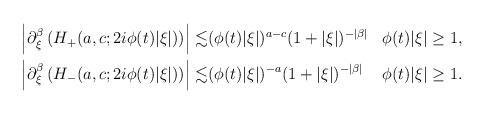
LaTeX: \begin{align*}\begin{aligned} \left| \partial_\xi^\beta\left( H_{+}(a,c;2i\phi(t)|\xi|) \right) \right| \lesssim & (\phi(t)|\xi|)^{a-c} (1+ |\xi|)^{ -|\beta|} && \phi(t)|\xi|\geq 1, \\ \left|\partial_\xi^\beta \left( H_{-}(a,c;2i\phi(t)|\xi|)\right)\right| \lesssim & (\phi(t)|\xi|)^{-a}(1+|\xi|)^{-|\beta|} && \phi(t)|\xi|\geq 1.\end{aligned}\end{align*}